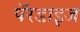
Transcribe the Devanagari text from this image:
पॅरडाइज